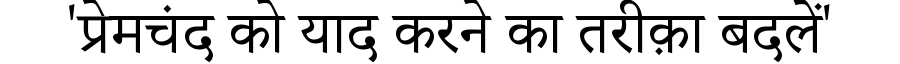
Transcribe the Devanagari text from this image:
'प्रेमचंद को याद करने का तरीक़ा बदलें'